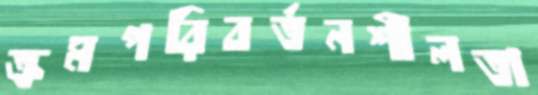
ক্রমপরিবর্তনশীলতা